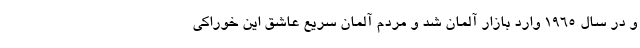
و در سال ۱۹۶۵ وارد بازار آلمان شد و مردم آلمان سریع عاشق این خوراکی